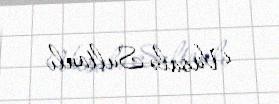
Vüsalə Sultanlı